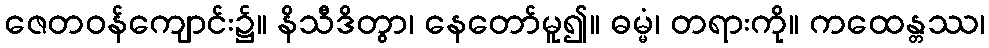
ဇေတဝန်ကျောင်း၌။ နိသီဒိတွာ၊ နေတော်မူ၍။ ဓမ္မံ၊ တရားကို။ ကထေန္တဿ၊